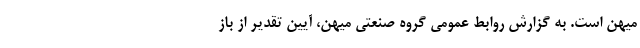
میهن است. به گزارش روابط عمومی گروه صنعتی میهن، آیین تقدیر از باز